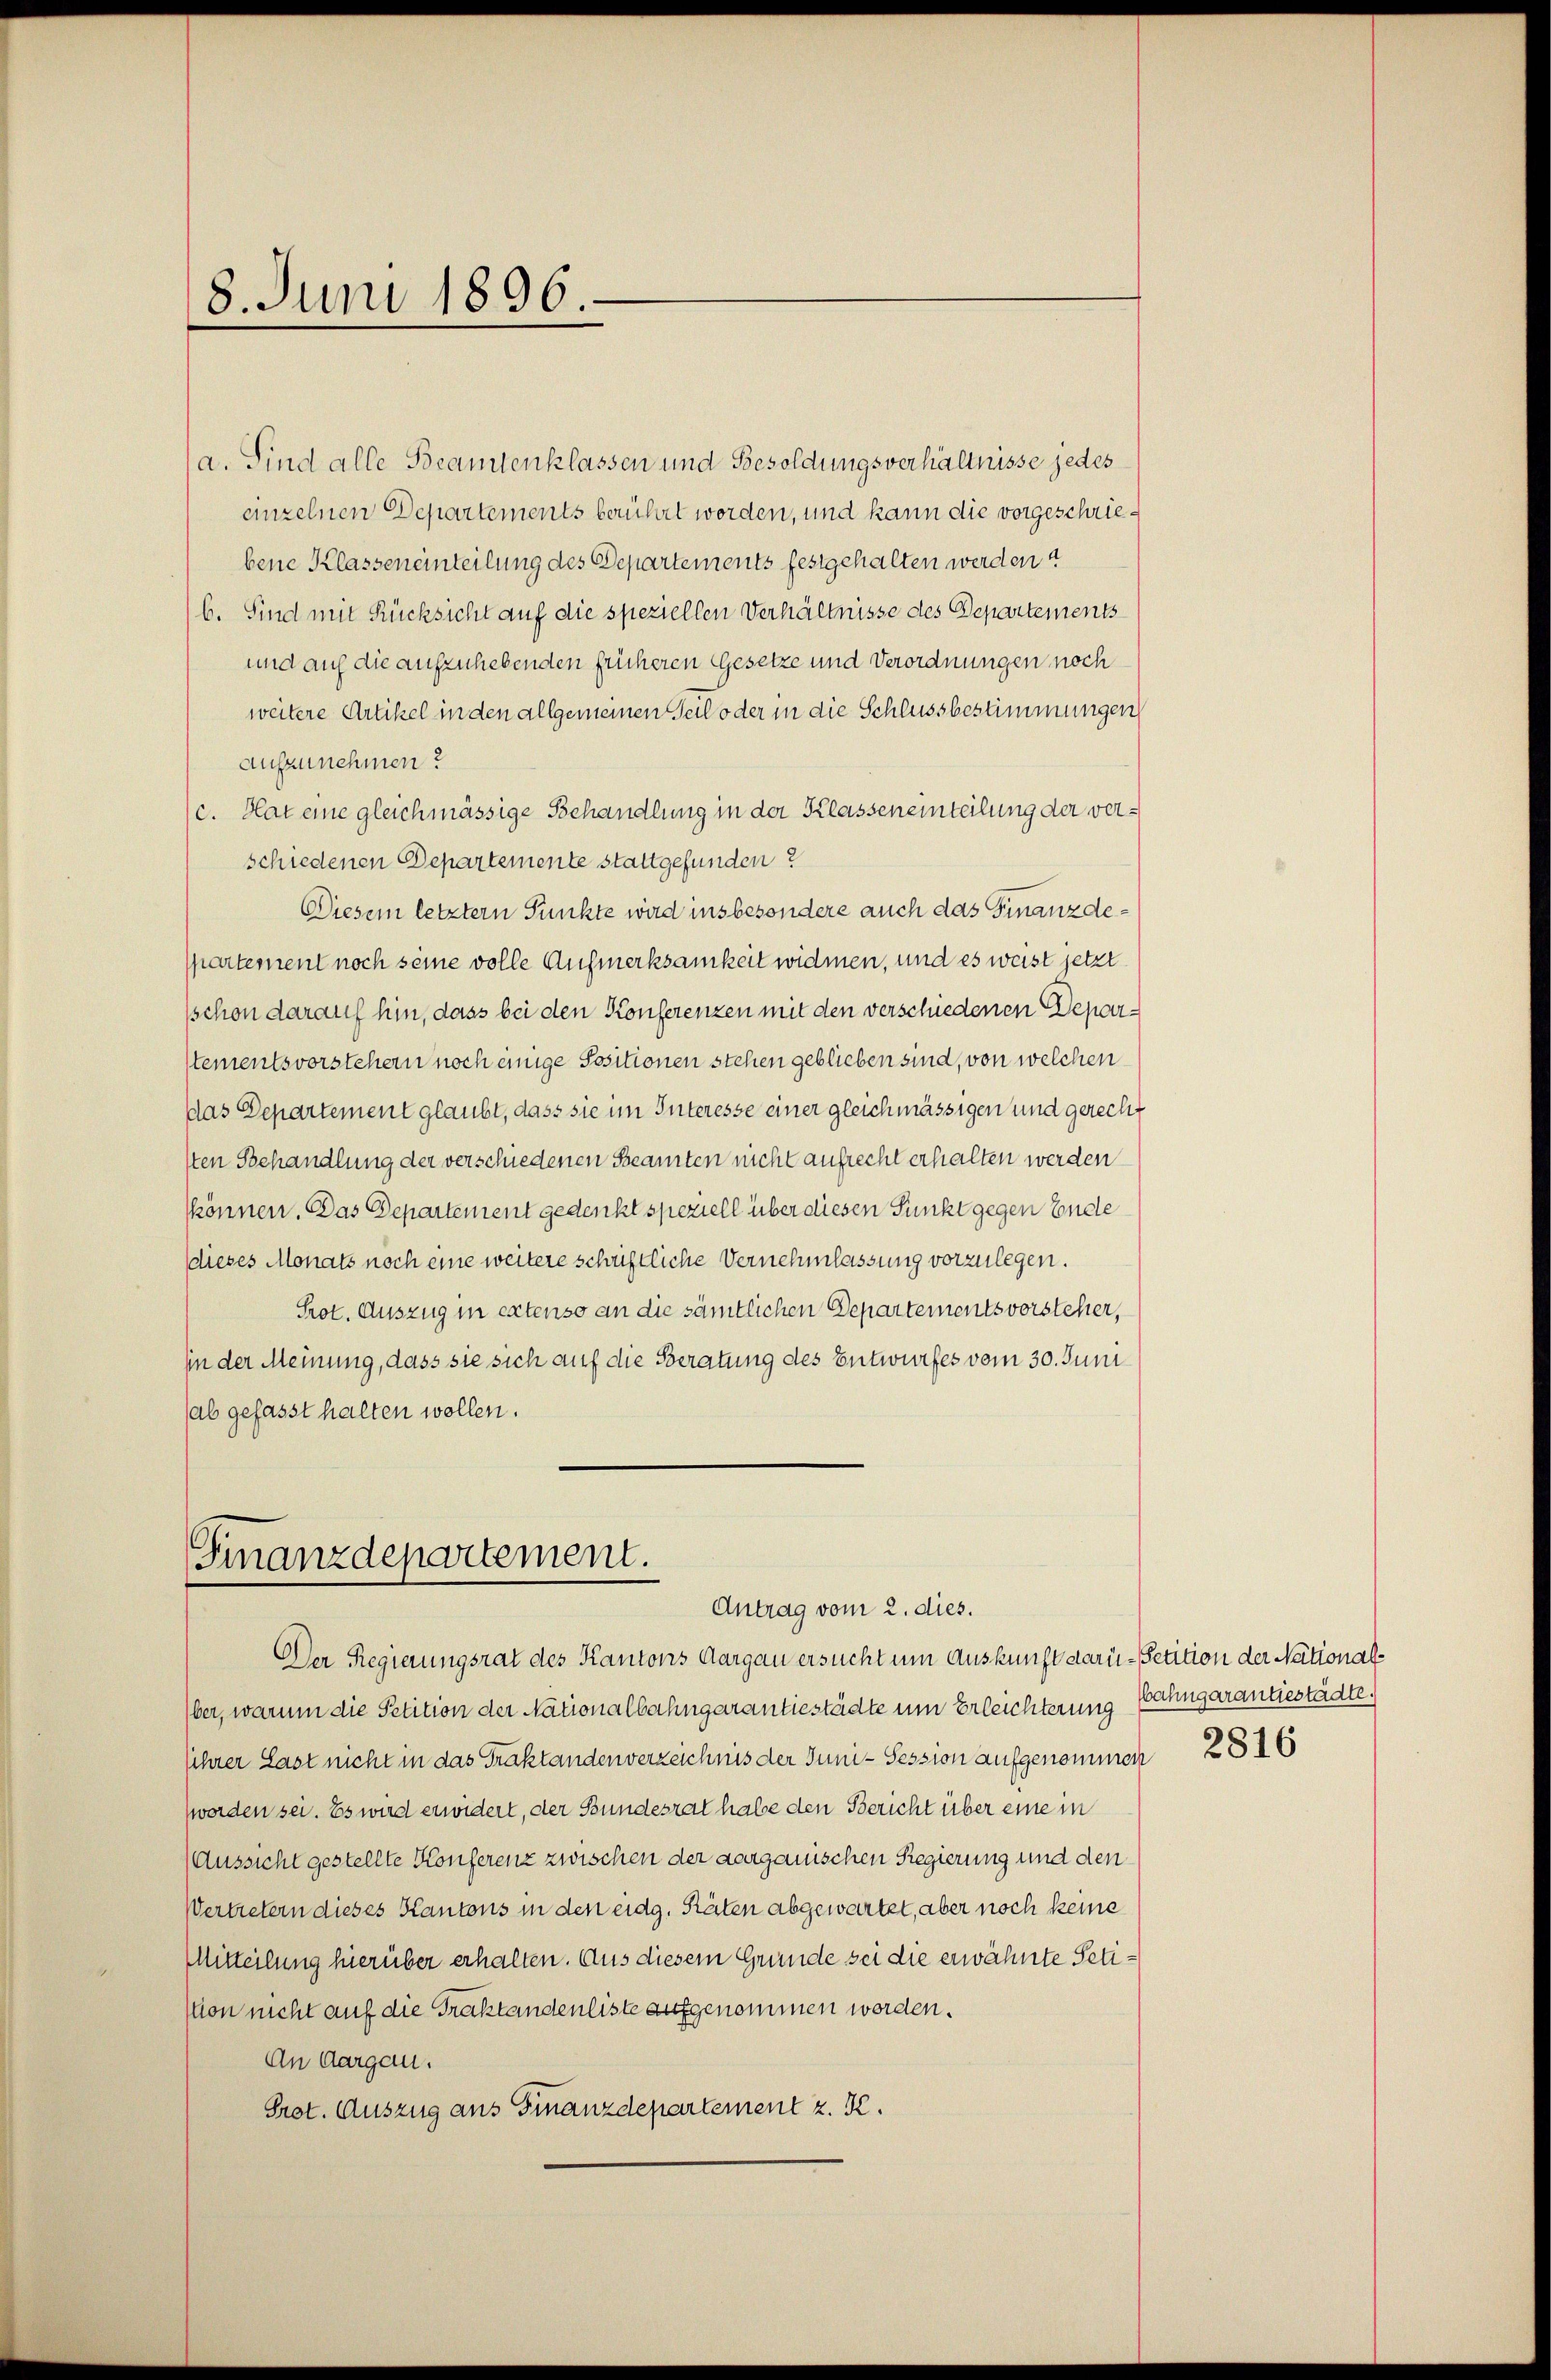
8. Juni 1896

a. Sind alle Beamtenklassen und Besoldungsverhältnisse jedes
einzelnen Departements berühret worden, und kann die vorgeschriebene Klasseneinteilung des Departements festgehalten werden?
b. Sind mit Rücksicht auf die speziellen Verhältnisse des Departements
und auf die aufzuhebenden früheren Gesetze und Verordnungen noch
weitere Artikel in den allgemeinen Teil oder in die Schlussbestimmungen
aufzunehmen?
c. Hat eine gleichmässige Behandlung in der Klasseneinteilung der verschiedenen Departemente stattgefunden?
Diesem letztern Punkte wird insbesondere auch das Finanzdespartement noch seine volle Aufmerksamkeit widmen, und es weist jetzt
schon darauf hin, dass bei den Konferenzen mit den verschiedenen Deparstementsvorstehern noch einige Positionen stehen geblieben sind, von welchen
Das Departement glaubt, dass sie im Interesse einer gleichmässigen und gerecht
sten Behandlung der verschiedenen Beamten nicht aufrecht erhalten werden
kkönnen. Das Departement gedenkt speziell über diesen Punkt gegen Ende
(dieses Monats noch eine weitere schriftliche Vernehmlassung vorzulegen.
Prot. Auszug in extenso an die sämtlichen Departementsvorsteher,
in der Meinung, dass sie sich auf die Beratung des Entwurfes vom 30. Juni
ab gefasst halten wollen.

Finanzdepartement.
Antrag vom 2. dies.

Der Regierungsrat des Kantons Aargau ersucht um Auskunft darü- Petition der Nationalber, warum die Petition der Nationalbahngarantiestädte um Erleichterung
sihrer Last nicht in das Traktandenverzeichnis der Juni - Session aufgenommen
worden sei. Es wird erwidert, der Bundesrat habe den Bericht über einem
Aussicht gestellte Konferenz zwischen der aargauischen Regierung und den
Vertretern dieses Kantons in den eidg. Räten abgewartet, aber noch keine
Mitteilung hierüber erhalten. Aus diesem Grunde sei die erwähnte Petiston nicht auf die Traktandenliste aufgenommen werden.
An Aargau.
Prot. Auszug aus Finanzdepartement z. K.

bahngarantiestädte.
2816